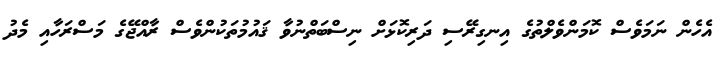
އެހެން ނަމަވެސް ކޮމަންވެލްތުގެ އިނގިރޭސި ދަރިކޮޅަށް ނިސްބަތްނުވާ ޤައުމުތަކުންވެސް ރާއްޖޭގެ މަސްރަހާއި މެދު